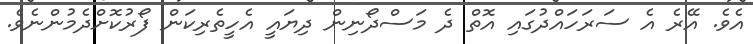
އެވެ. އޭރެ އެ ސަރަހައްދުގައި އޮތް ދެ މަސްދޯނިން ދިޔައީ އެހީތެރިކަން ފޯރުކޮށްދެމުންނެވެ.